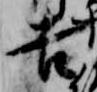
吉